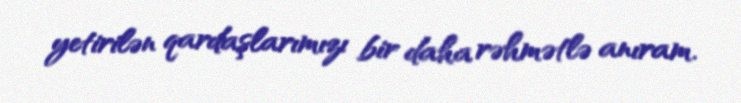
yetirilən qardaşlarımızı bir daha rəhmətlə anıram.